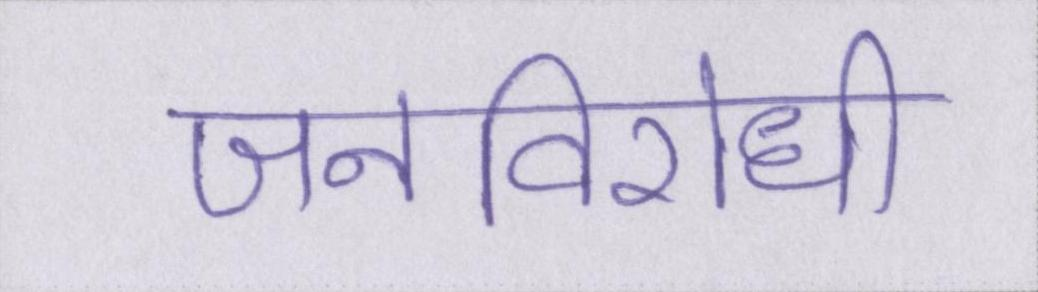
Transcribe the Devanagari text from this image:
जनविरोधी